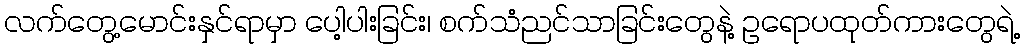
လက်တွေ့မောင်းနှင်ရာမှာ ပေါ့ပါးခြင်း၊ စက်သံညင်သာခြင်းတွေနဲ့ ဥရောပထုတ်ကားတွေရဲ့